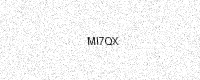
Text: MI7QX